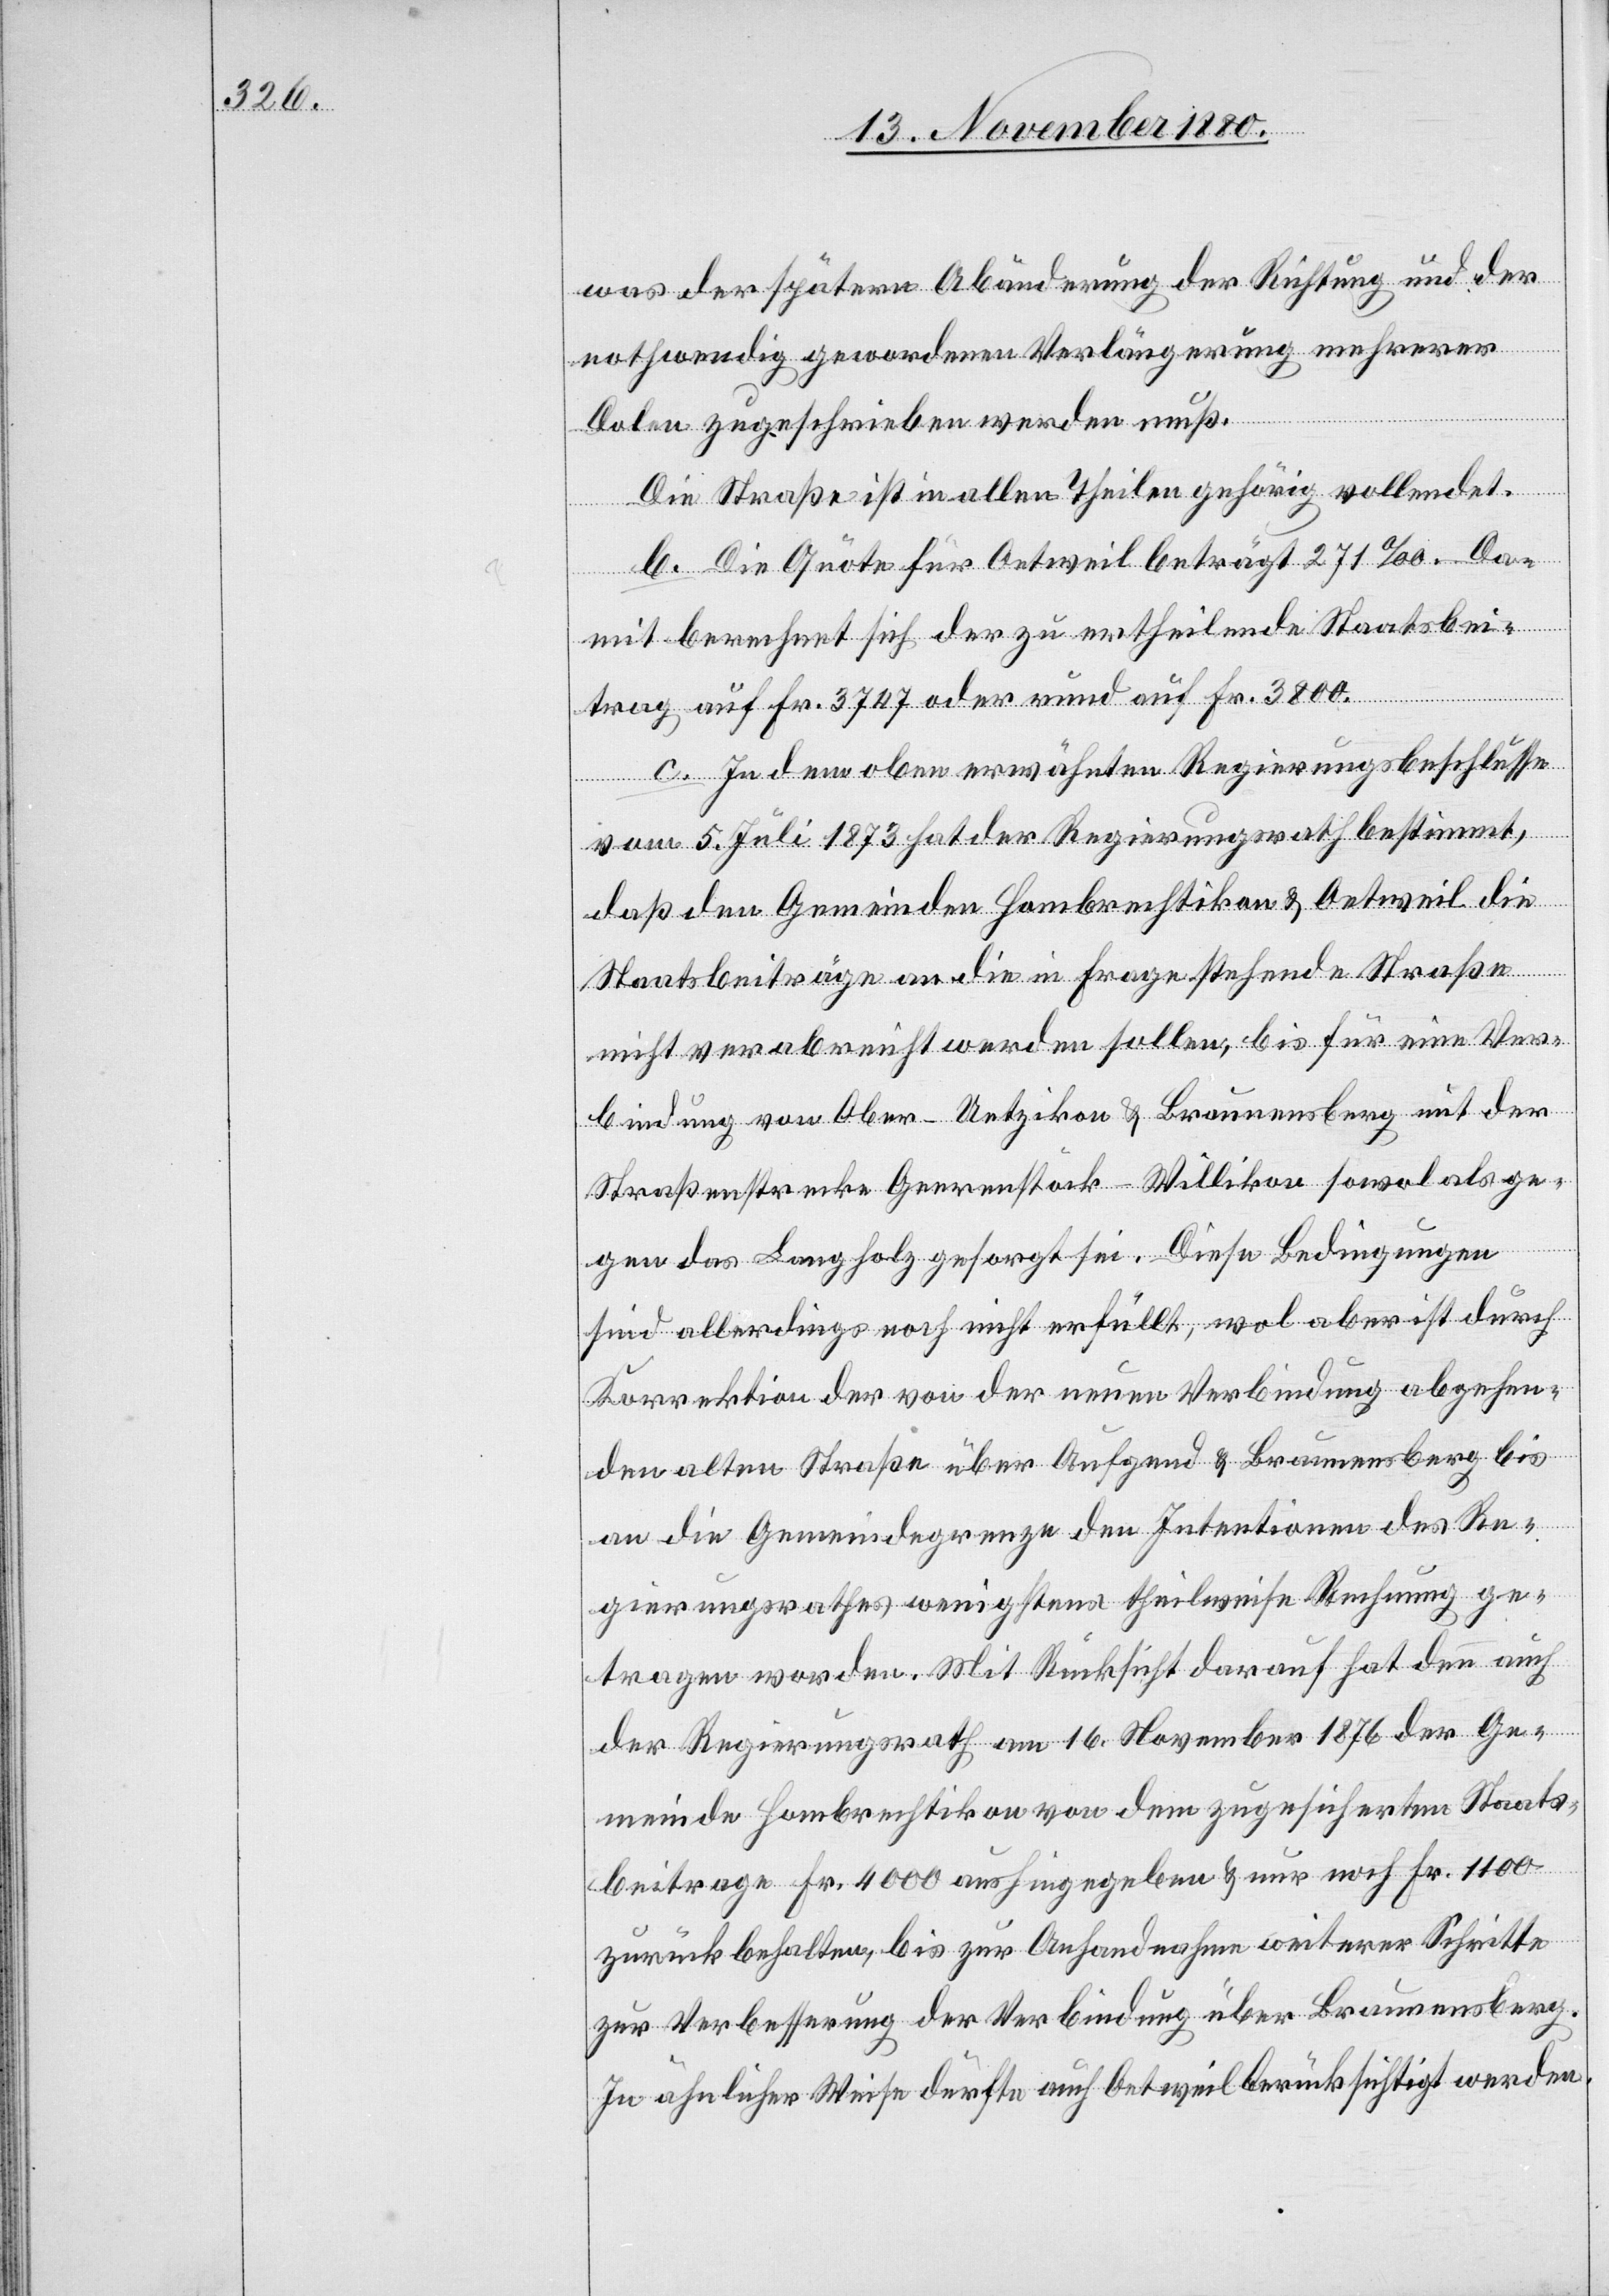
was der spätern Abänderung der Richtung und der
nothwendig gewordenen Verlängerung mehrerer
Dolen zugeschrieben werden muß.
Die Straße ist in allen theilen gehörig vollendet.
b. Die Quote für Oetweil beträgt 271‰. Da¬
mit berechnet sich der zu ertheilende Staatsbei¬
trag auf Fr. 3747 oder rund auf Fr. 3800.
c. In dem oben erwähnten Regierungsbeschlusse
vom 5. Juli 1873 hat der Regierungsrath bestimmt,
daß den Gemeinden Hombrechtikon & Oetweil die
Staatsbeiträge an die in Frage stehende Straße
nicht verabreicht werden sollen, bis für eine Ver¬
bindung von Ober-Uetzikon & Braunensberg mit der
Straßenstrecke Geerenstöck–Willikon sowol als ge¬
gen das Langholz gesorgt sei. Diese Bedingungen
sind allerdings noch nicht erfüllt, wol aber ist durch
Korrektion der von der neuen Verbindung abgehen¬
den alten Straße über Aufgend & Braunensberg bis
an die Gemeindegrenze den Intentionen des Re¬
gierungsrathes wenigstens theilweise Rechnung ge¬
tragen worden. Mit Rücksicht darauf hat denn auch
der Regierungsrath am 16. November 1876 der Ge¬
meinde Hombrechtikon von dem zugesicherten Staats¬
beitrage Fr. 4000 aushingegeben & nur noch Fr. 1100
zurückbehalten, bis zur Anhandnahme weiterer Schritte
zur Verbesserung der Verbindung über Braunensberg.
In ähnlicher Weise dürfte auch Oetweil berücksichtigt werden.